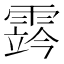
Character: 霠